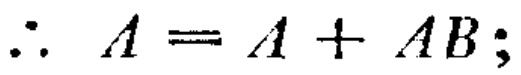
\(\therefore A = A + AB;\)